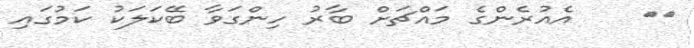
٢٢    އެއުރެންގެ މައްޗަށް ބާރު ހިންގަވާ ބޭކަލަކު ކަމުގައި